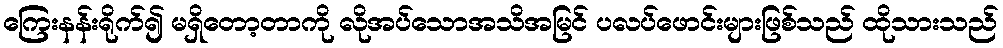
ကြေးနန်းရိုက်၍ မရှိတော့တာကို လိုအပ်သောအသိအမြင် ပလပ်ဖောင်းများဖြစ်သည် ထိုသားသည်